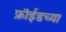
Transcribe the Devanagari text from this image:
फ्रॉईडच्या